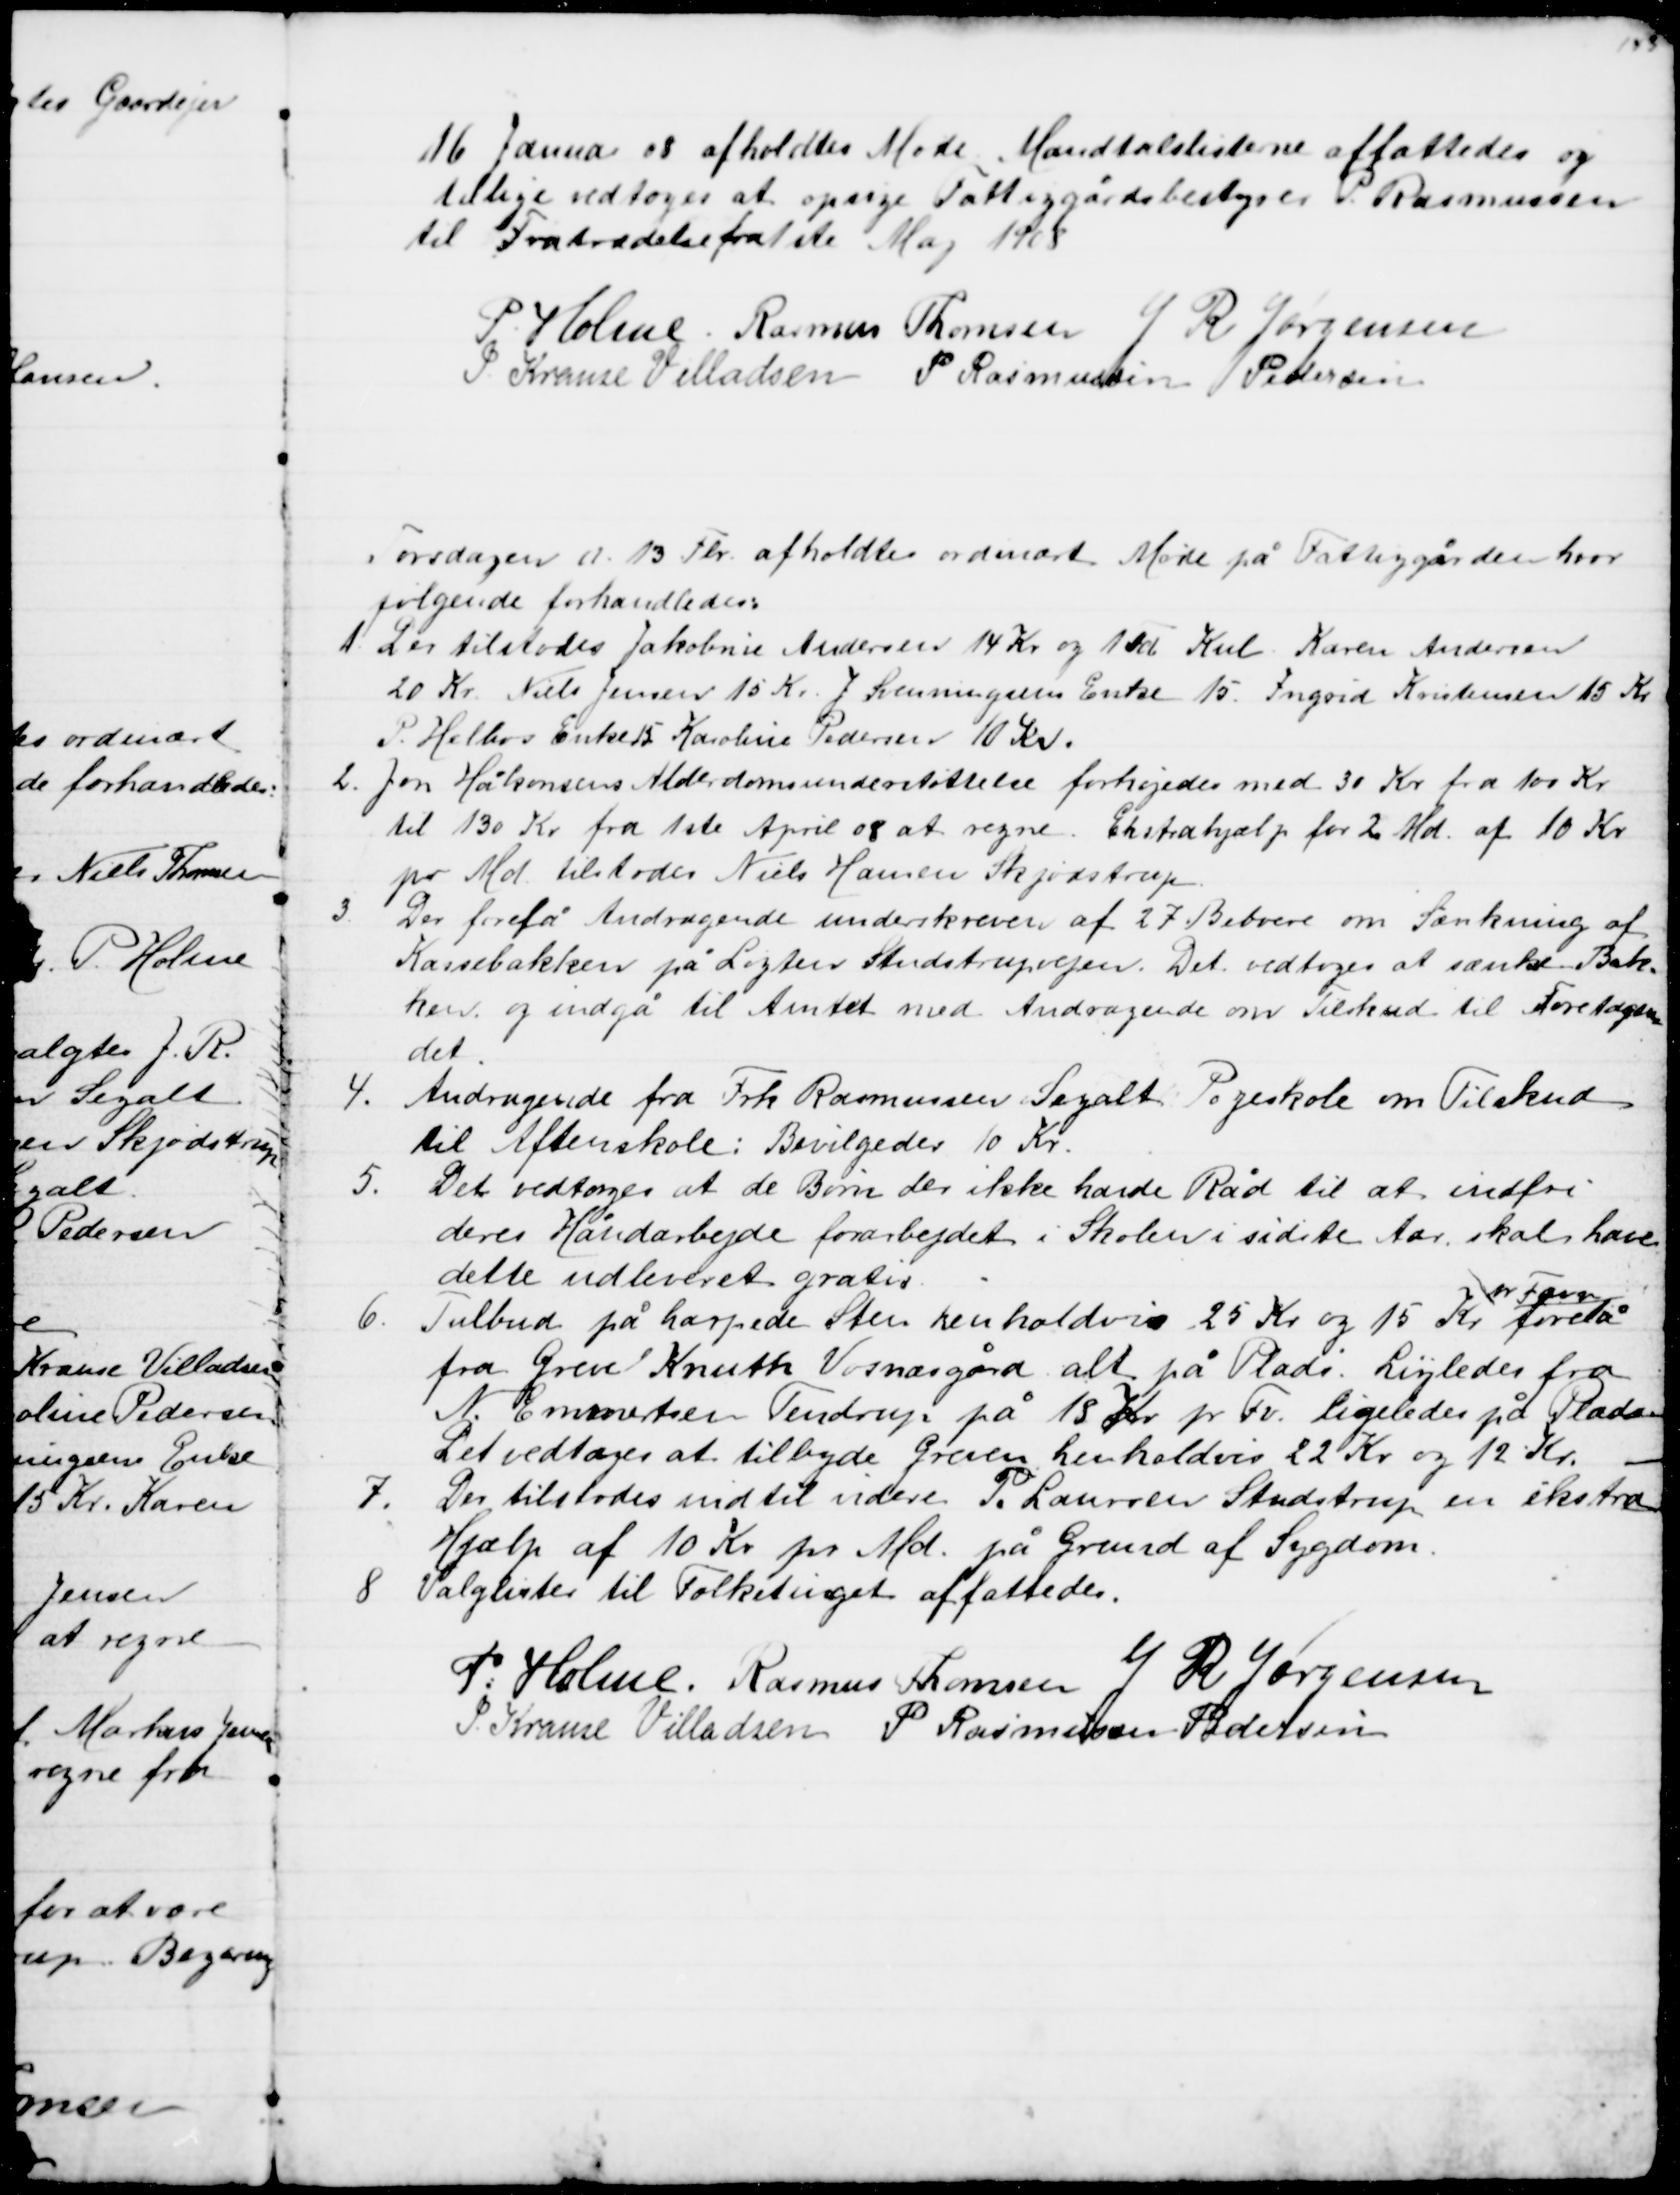
Transskription:
16 Januar 08 afholdtes Møde Mandtalslisterne affattedes og
tillige vedtoges at opsige Fattiggårdsbestyrer P. Rasmussen
til Fratrædelse fra 1ste Maj 1908
P. Holme Rasmus Thomsen  J R Jørgensen
J. Krause Villadsen P. Rasmussen Petersen
Torsdagen d. 13. Fbr. afholdtes ordinært Møde på Fattiggården hvor
følgende forhandledes.
1 Der tilstodes Jakobine Andersen 14 Kr og 1 Td Kul. Karen Andersen
20 Kr. Niels Jensen 15 Kr. J. Svenningsens Enke 15. Ingrid Kristensen 15 Kr
P. Helbos Enke 15 Karoline Pedersen 10 Kr.
2. Jon Håkonsens Alderdomsunderstøttelse forhøjedes med 30 Kr. fra 100 Kr
til 130 Kr fra 1ste April 08 at regne. Ekstrahjælp for 2 Md. af 10 Kr
pr Md. tilstodes Niels Hansen Skjødstrup
3.
Der forelå Andragende underskreven af 27 Beboere om Sænkning af 
Kassebakken på Løgten Studstrupvejen. Det vedtoges at sænke Bak-
ken og indgå til Amtet med Andragende om Tilskud til Foretagen 
=
det.
4.
Andragende fra Frk. Rasmussen Segalt Pogeskole om Tilskud
til Aftenskole: Bevilgedes 10 Kr.
5.
Det vedtoges at de Børn der ikke havde Råd til at indfri
deres Håndarbejde forarbejdet i Skolen i sidste Aar, skal have 
dette udleveret gratis.
6.
Tulbud på harpede Sten henholdvis 25 Kr og 15 Kr 
pr Favn
forelå
fra Greve Knuth Vosnæsgård alt på Plads. Ligledes fra
N. Emmertsen Tendrup på 18 Kr pr Fv. ligeledes på Plads
Det vedtoges at tilbyde Greven henholdvis 22 Kr og 12 Kr.
7.
Der tilstodes indtil videre P. Laursen Studstrup en ekstra
Hjælp af 10 Kr pr Md. på Grund af Sygdom.
8. Valglister til Folketinget affattedes.
P. Holme. Rasmus Thomsen  J R Jørgensen
J. Krause Villadsen P. Rasmussen Pedersen